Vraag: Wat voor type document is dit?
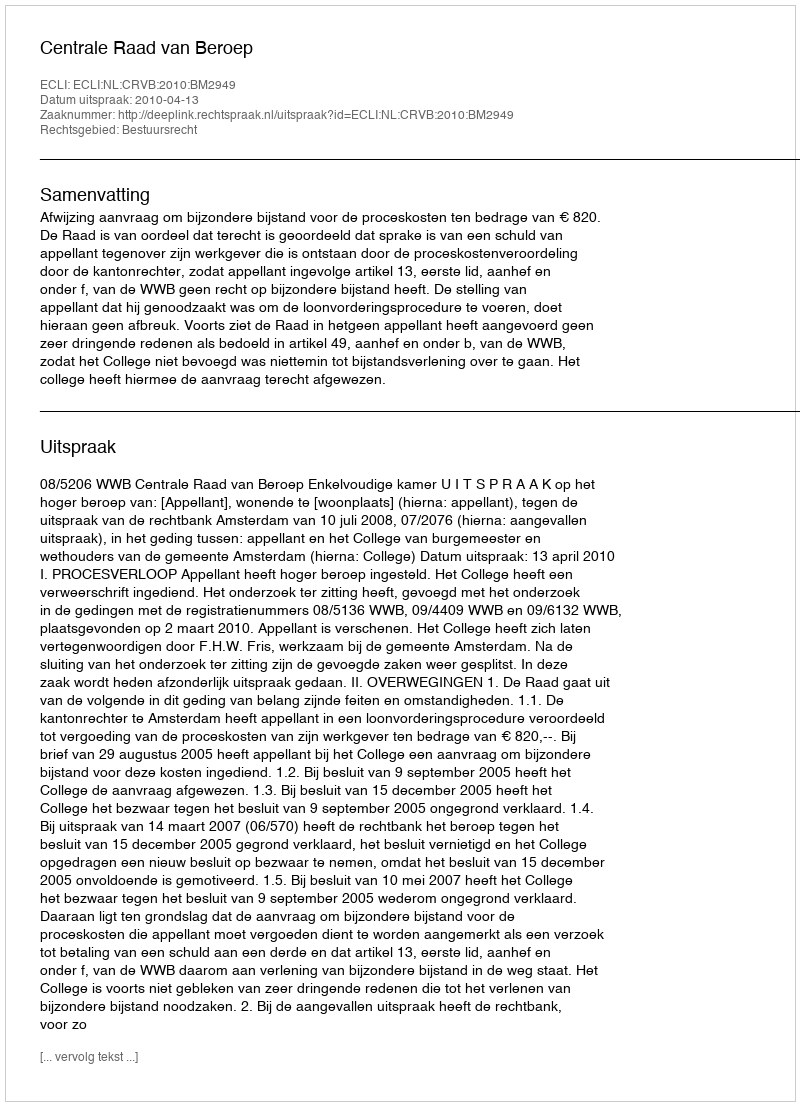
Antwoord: Uitspraak